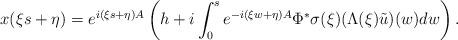
LaTeX: \begin{align*} x(\xi s + \eta) = e^{i (\xi s +\eta) A}\left( h + i \int_0^s e^{- i (\xi w + \eta) A} \Phi^* \sigma(\xi) (\Lambda(\xi)\tilde{u})(w) dw \right).\end{align*}